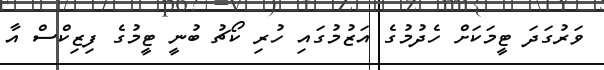
ވަރުގަދަ ޓީމަކަށް ހެދުމުގެ އަޒުމުގައި ހުރި ކޯޗު ބުނީ ޓީމުގެ ފިޒިކްސް އާ